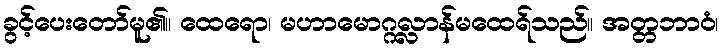
ခွင့်ပေးတော်မူ၏။ ထေရော၊ မဟာမောဂ္ဂလ္လာန်မထေရ်သည်။ အတ္တဘာဝံ၊